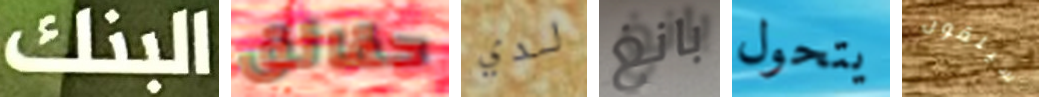
البنك حقائق لدي بانغ يتحول سيلقون